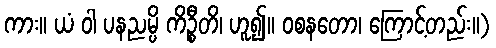
ကား။ ယံ ဝါ ပနညမ္ပိ ကိဉ္စီတိ၊ ဟူ၍။ ဝစနတော၊ ကြောင့်တည်း။)